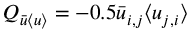
Q _ { \bar { u } \langle { u } \rangle } = - 0 . 5 \bar { u } _ { i , j } \langle { u } _ { j , i } \rangle